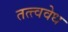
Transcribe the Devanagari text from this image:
तत्त्ववेध